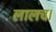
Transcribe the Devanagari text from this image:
लालच।